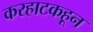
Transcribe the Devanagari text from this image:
करहाटकहून